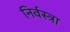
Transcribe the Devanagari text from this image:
निर्वस्त्रा